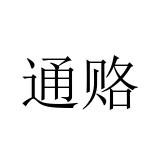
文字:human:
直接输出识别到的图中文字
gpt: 通赂